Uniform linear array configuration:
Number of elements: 64
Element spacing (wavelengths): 0.25
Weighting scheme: binomial
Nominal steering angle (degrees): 30
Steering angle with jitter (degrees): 30.94
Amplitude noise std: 0.05
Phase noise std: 0.05

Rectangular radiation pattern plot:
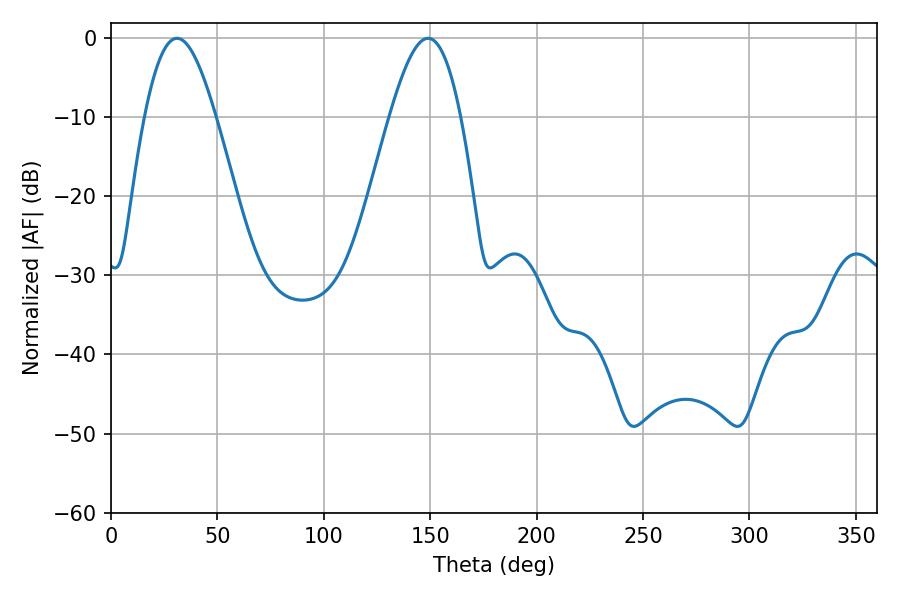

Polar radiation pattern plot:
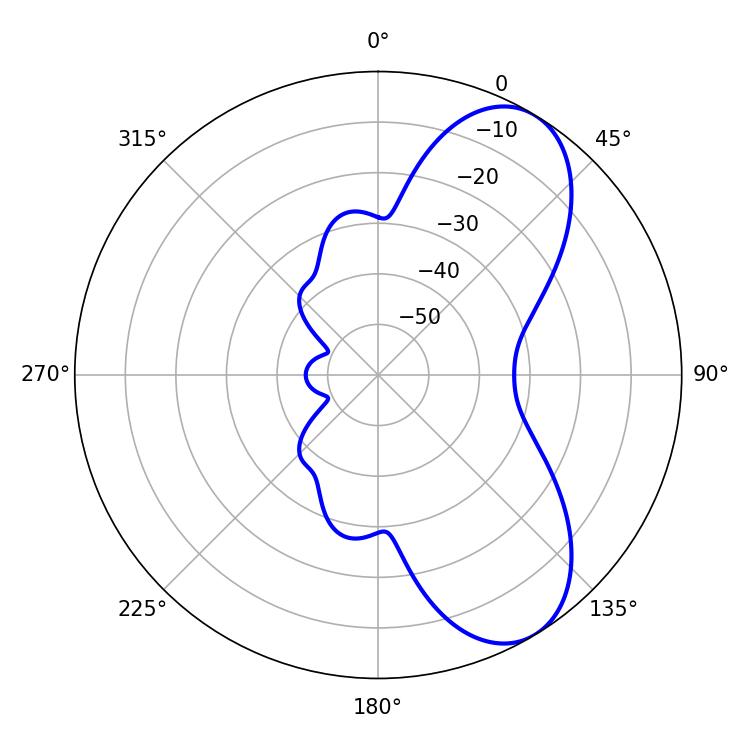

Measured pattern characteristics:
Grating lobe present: FALSE
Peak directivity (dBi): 7.454
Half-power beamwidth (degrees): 18
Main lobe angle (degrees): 30.96